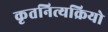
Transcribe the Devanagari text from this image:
कृतनित्यक्रियो